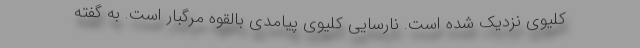
کلیوی نزدیک شده است. نارسایی کلیوی پیامدی بالقوه مرگبار است. به گفته